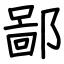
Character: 鄙